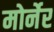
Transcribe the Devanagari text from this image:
मोर्नेर